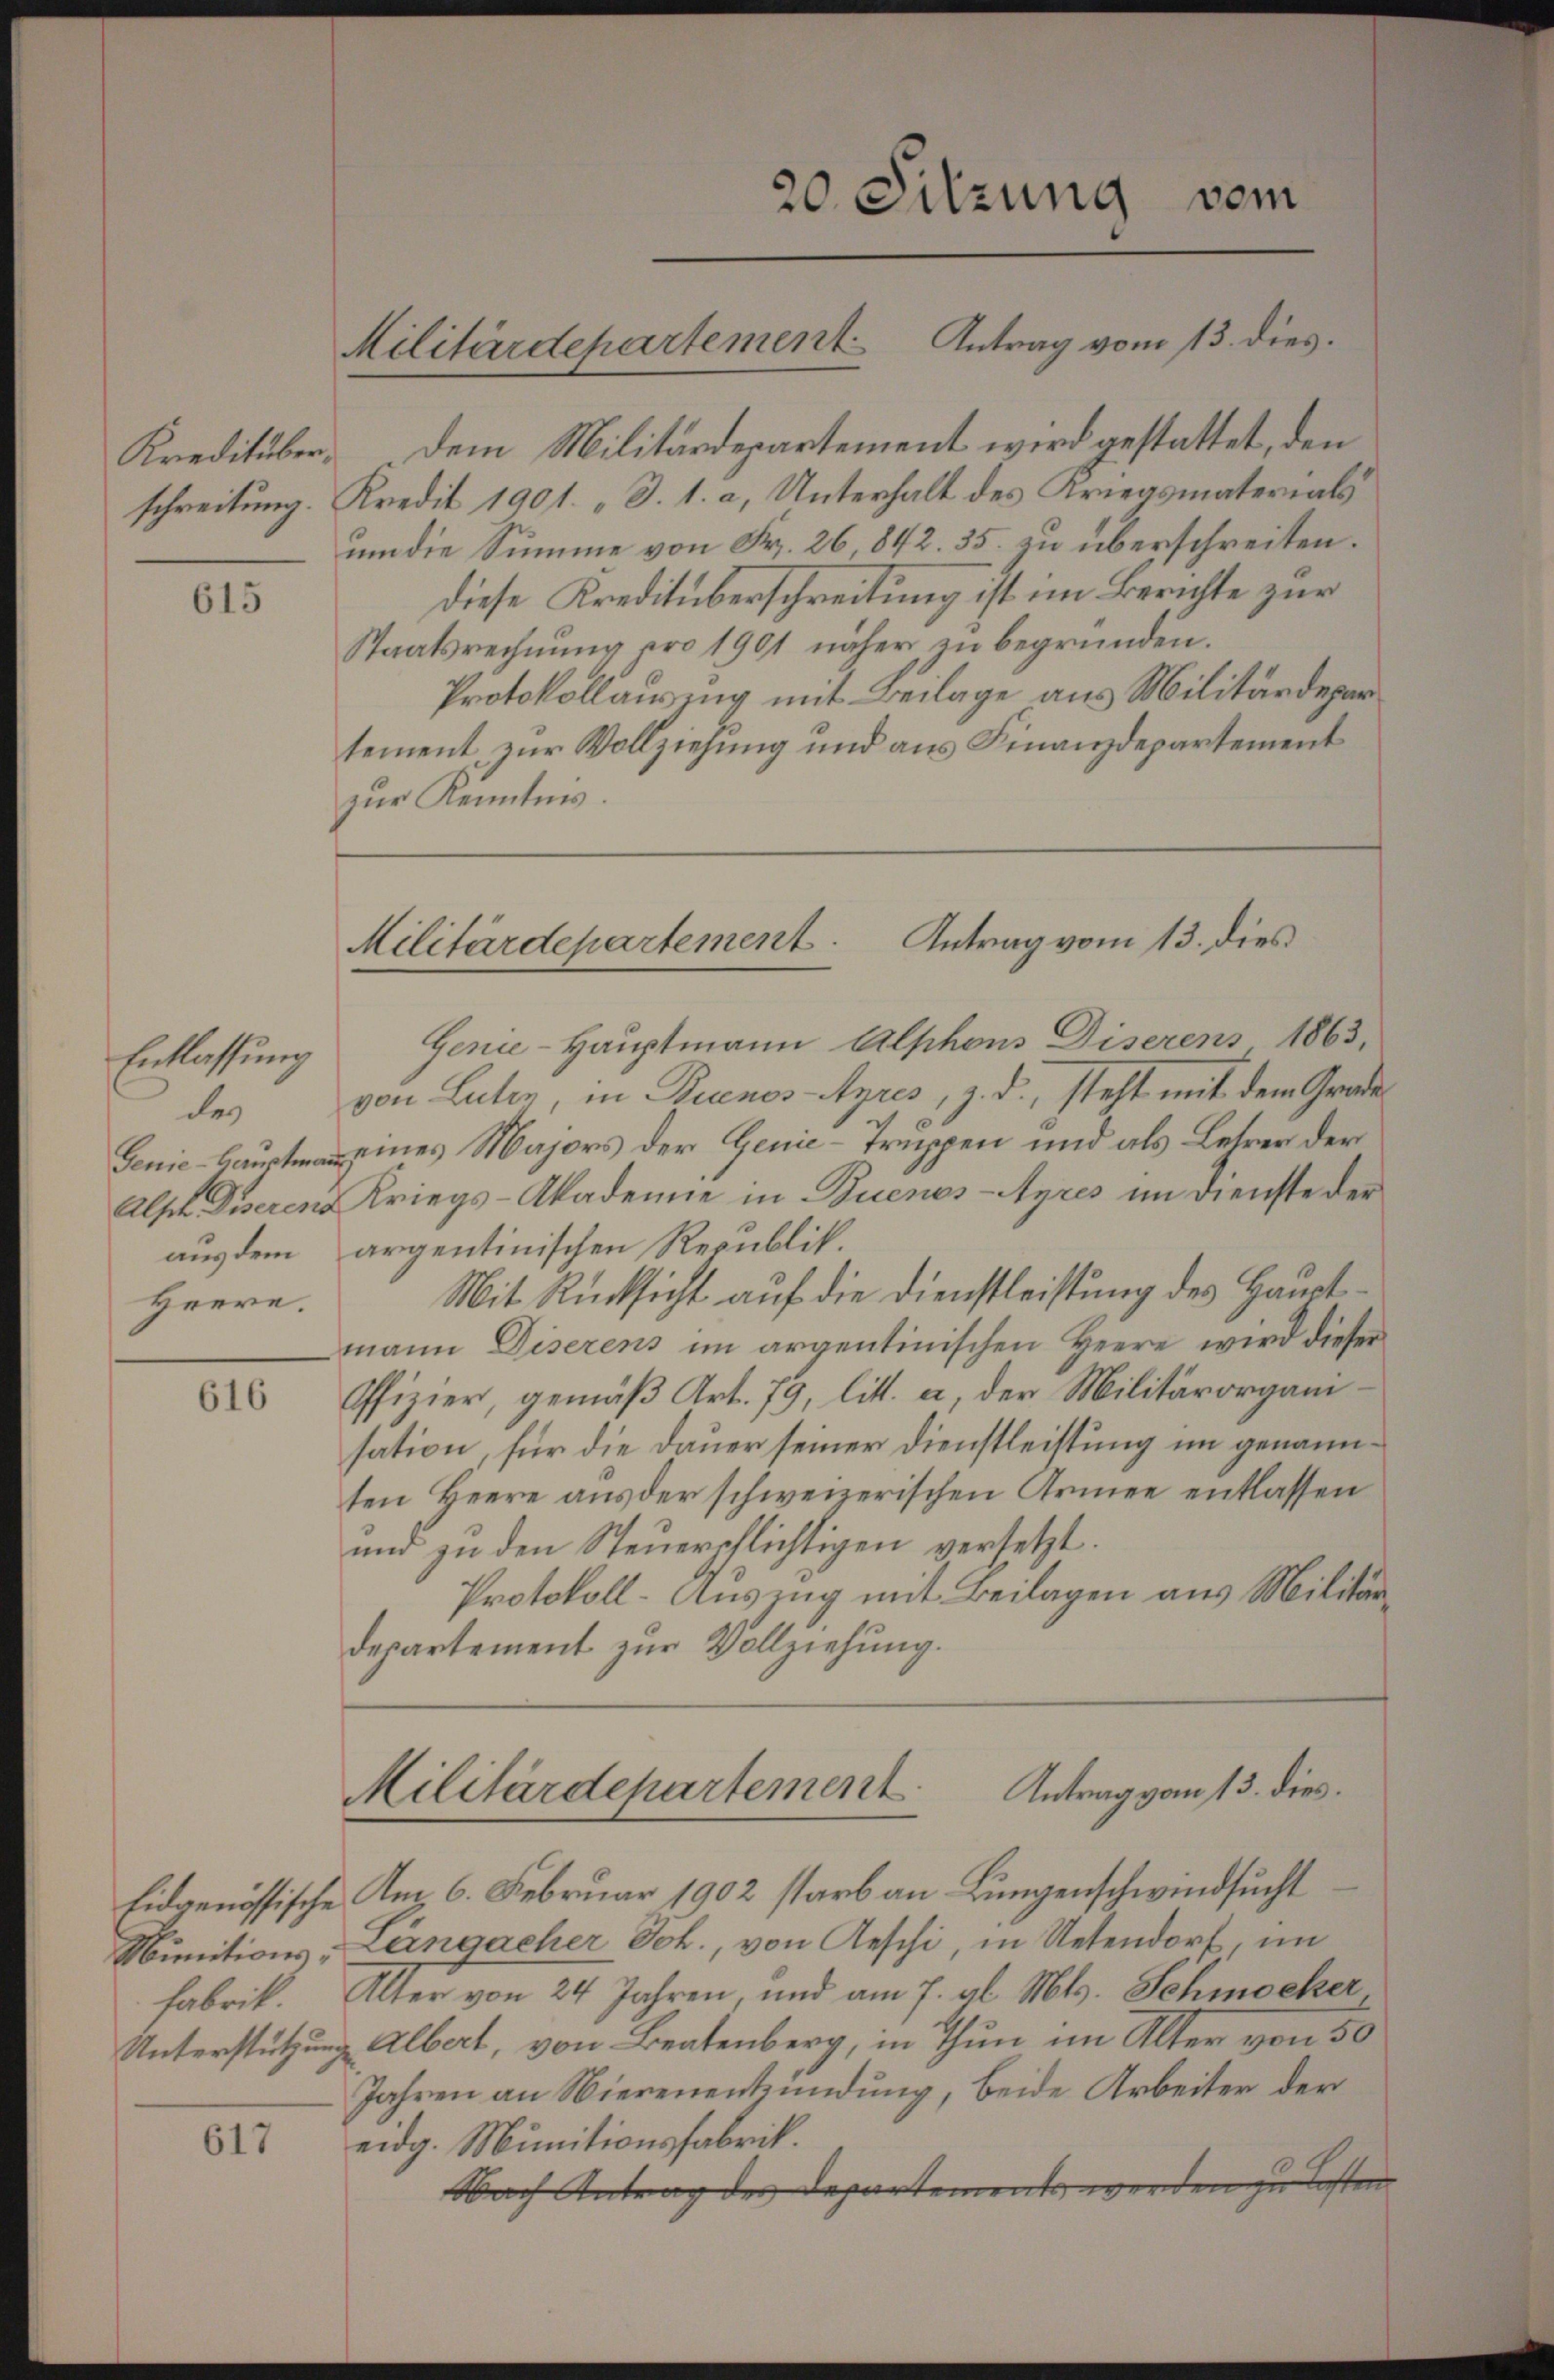
615

Entlassung
des
aus dem
Heere.

616

617

Militärdepartement Antrag vom 13. dies.

Kreditüber, dem Militärdepartement wird gestattet, den
schreitung. Kredit 1901. S. 1. a, Unterhalt des Kriegsmaterials
um die Summe von Fr. 26 842. 35. zu überschreiten.
diese Kreditüberschreitung ist im Berichte zur
Staatsrechnŭng pro 1901 näher zu begründen.
Protokollausung mit Beilage aus Militärdepar
tement, zur Vollziehung und aus Finanzdepartement
Genie-Hauptmann Alphons Diserens 1863,
von Luten, in Buenos-Ayres, z. d. steht mit dem Grade
Genie aus eines Majors der Genie-Truppen und als Letzer der
Alsch Diseren Kriegs-Akademie in Buenos-Ayres im Dienste der
argentinischen Republik.
Mit Rücksicht auf die Dienstleistung des Hauptmann Diserens im argentinischen Heere wird dieser
Offizier, gemäß Art. 79, litt. a, der Militärorganisation, für die Dauer seiner Dienstleistung im genannten Heere aus der schweizerischen Armee entlassen
und zu den Steuerpflichtigen versetzt.
Protokoll-Auszug mit Beilagen aus Militärdepartement zur Vollziehung.
Antrag vom 13. dies
Militärdepartement
Eidgenössische Am 6. Februar 1902 starb an Lungenschwindsucht
Munitions-Langacher Joh., von Aeschi, in Uetendorf, im
Fabrik. Alter von 24 Jahren, und am 7. al. Mts. Schmocker
Unterstützung Albert, von Beatenberg, in Thun im Alter von 50
Jahren an Nierenentzündung, beide Arbeiter der
eidg. Munitionsfabrik.
Nach Antrag der Departement werden zu lasten

zur Kenntnis.

20. Sitzung vom

Militärdepartement. Antrag vom 13. dies